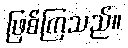
ဖြစ်ကြသည်။